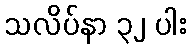
သလိပ်နာ ၃၂ ပါး